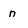
Character: n